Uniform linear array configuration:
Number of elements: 12
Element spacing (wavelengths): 0.75
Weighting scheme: blackman
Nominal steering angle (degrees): -60
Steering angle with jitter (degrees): -60.973
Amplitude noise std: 0.05
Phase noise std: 0.05

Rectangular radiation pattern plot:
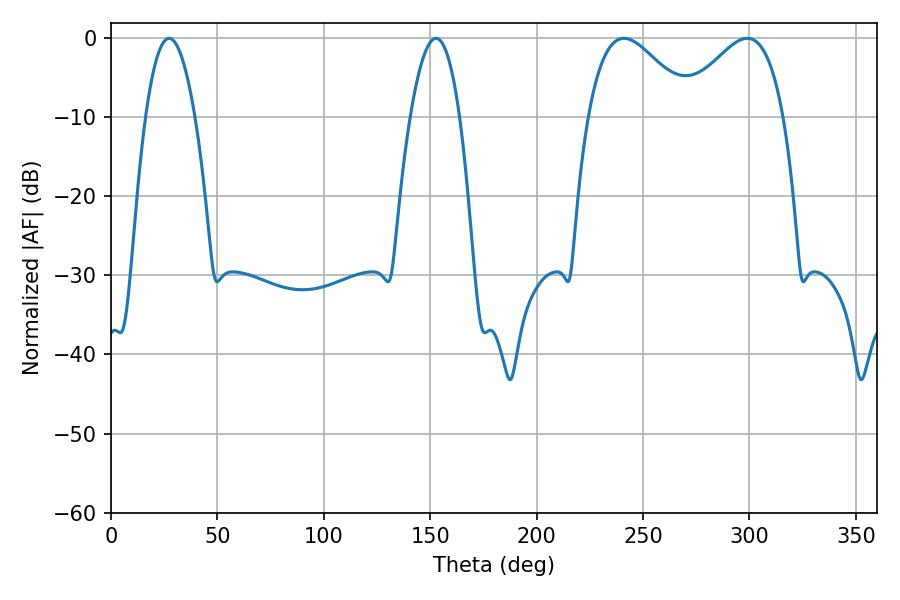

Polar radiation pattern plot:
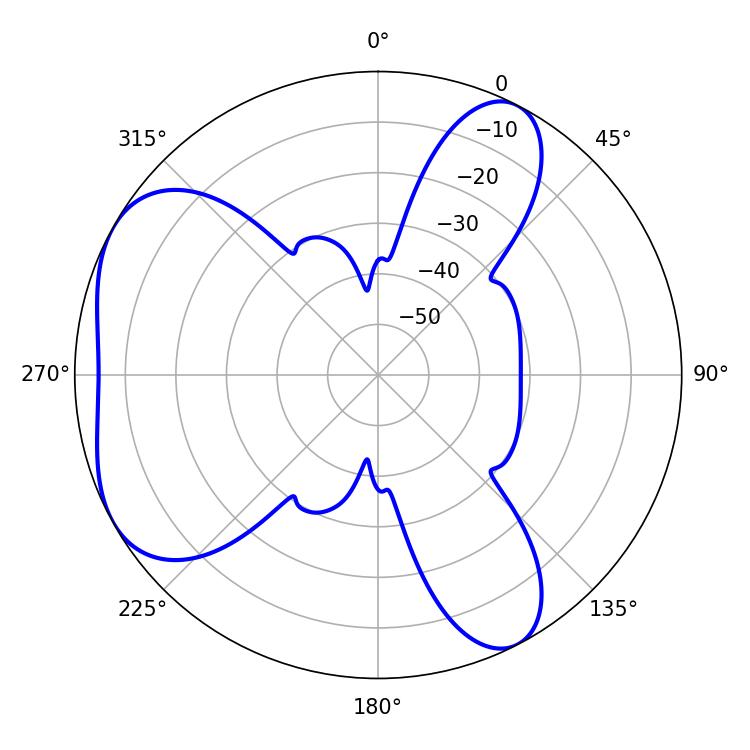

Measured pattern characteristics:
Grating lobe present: TRUE
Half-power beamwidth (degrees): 26.28
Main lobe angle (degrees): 241.02